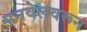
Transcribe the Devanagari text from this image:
पनवेलवरून